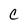
Character: c